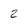
Character: 2